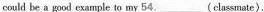
could be a good example to my 54.___( classmate).